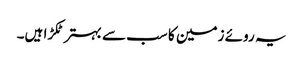
یہ روئے زمین کا سب سے بہتر ٹکڑا ہیں۔